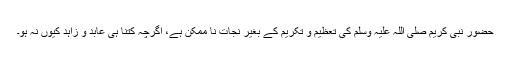
حضور نبی کریم صلی اللہ علیہ وسلم کی تعظیم و تکریم کے بغیر نجات نا ممکن ہے، اگرچہ کتنا ہی عابد و زاہد کیوں نہ ہو۔